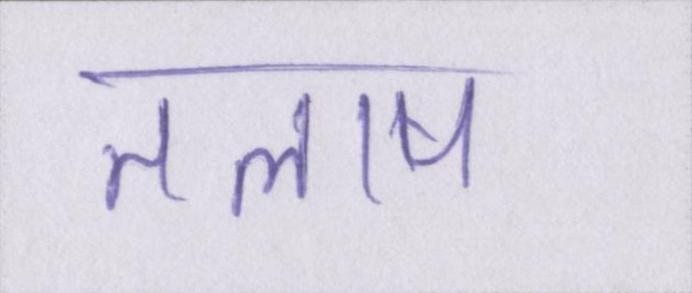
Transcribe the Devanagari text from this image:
तलाष